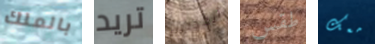
بالملك تريد أنقذني طقس معك